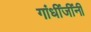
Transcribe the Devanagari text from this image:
गांधींजींनी